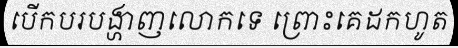
បើកបរបង្ហាញលោកទេ ព្រោះគេដកហូត